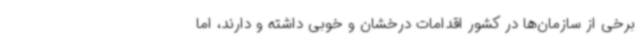
برخی از سازمان‌ها در کشور اقدامات درخشان و خوبی داشته و دارند، اما